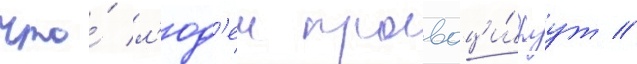
что́ л'юд'еи провоци́руут /